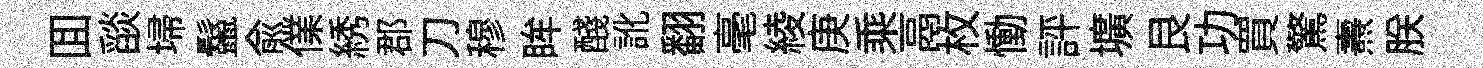
囬𦦨埽鬣俞㒒綉郡刀穆眸醆訛翻毫綾庚乘鬲枚慟評壙艮功買驚燾朕